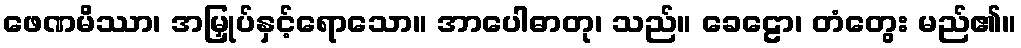
ဖေဏမိဿာ၊ အမြှုပ်နှင့်ရောသော။ အာပေါဓာတု၊ သည်။ ခေဠော၊ တံတွေး မည်၏။